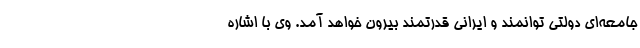
جامعه‌ای دولتی توانمند و ایرانی قدرتمند بیرون خواهد آمد. وی با اشاره